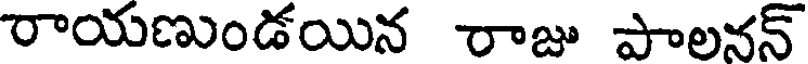
రాయణుండయిన రాజు పాలనన్